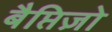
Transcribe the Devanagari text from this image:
बैप्तिज़ो